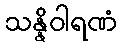
သန္နိဝါရဏံ